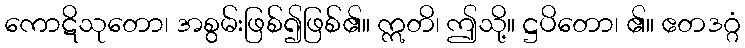
ကောဋိသုတော၊ အစွမ်းဖြစ်၍ဖြစ်၏။ ဣတိ၊ ဤသို့။ ဋ္ဌပိတော၊ ၏။ ဧတဒဂ္ဂံ